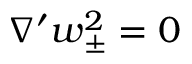
\nabla ^ { \prime } \boldsymbol { w } _ { \pm } ^ { 2 } = 0